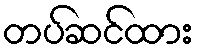
တပ်ဆင်ထား